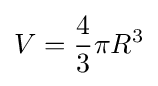
V={\frac {4}{3}}\pi R^{3}